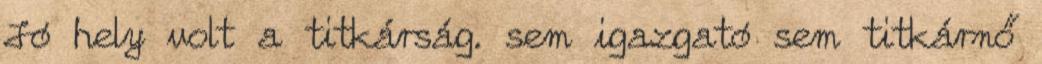
Jó hely volt a titkárság. sem igazgató sem titkárnő